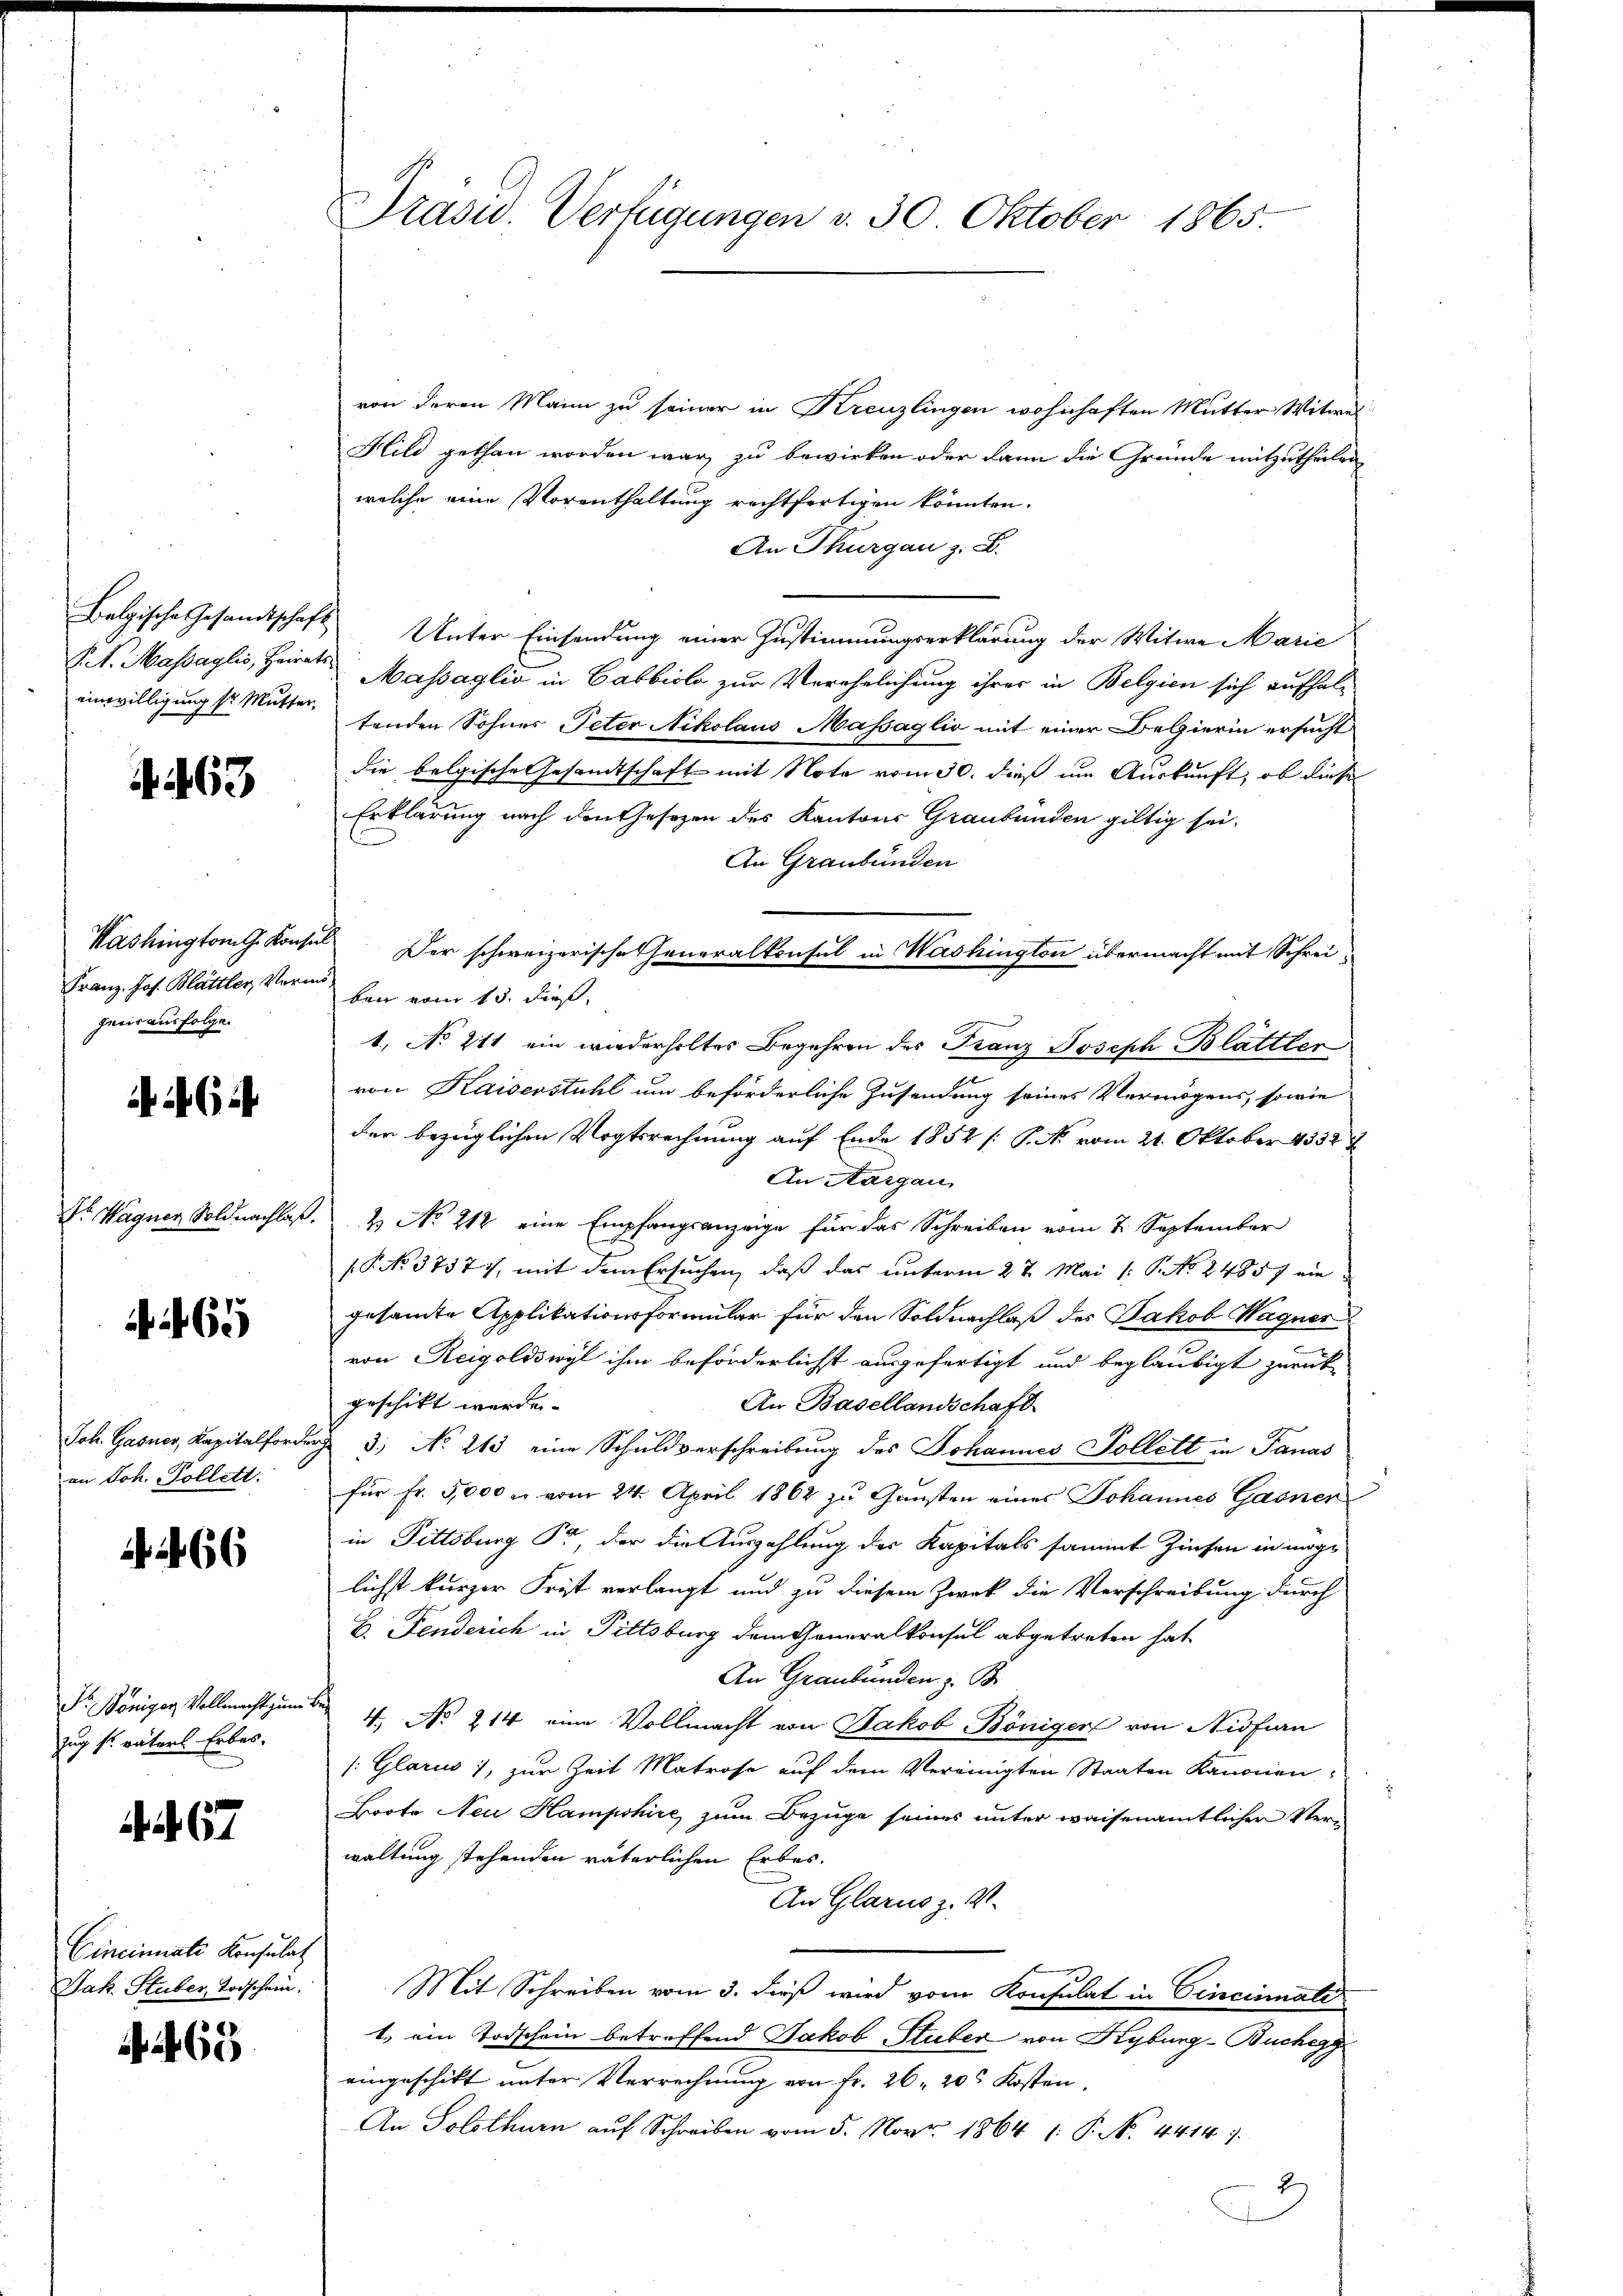
einwilligung sr Mutter,

4463

Franz Jos. Blättler, Vorm. Herr vom 15. dieß,
geur ausfolge

6

Dr. Wagner Soldnachlaß
Joh. Gasner, Kapitalforde
an Joh. Pollett.
 266

65

Fr. Königer Vollmacht zum Bei
zug f. vaters Erbes.
Cincinuate Konsulat
Jak. Stuber, Todschein.

67

469

Präsid.. Verfügungen v. 30. Oktober 1865.

von deren Mann zu seiner in Kreuzlingen wohnhaften Mutter Witwel
Hild gethan worden war, zu bewirken oder dann die Gründe mitzutheilen
welche eine Vorenthaltung rechtfertigen könnten.
An Thurgau z. B.
Belgische Gesamtschaft Unter Einsendung einer Zustimmungserklärung der Witwe Marie
P.S. Massaglio, Heirat Massaglio in Cabbiolo zur Verehelichung ihrer in Belgien sich aufhaltenden Sohnes Peter Nikolaus Massaglio mit einer Begierin ersucht
die belgische Gesandtschaft mit Note vom 30. dieß im Auskunft, ob diese
Erklärung nach den Gesezen des Kantons Graubünden giltig sei.
An Graubünden
Washington G. Konsul Der schweizerische Generalkonsul in Washington übermacht mit Schrei¬
1, No 211 ein wiederholter Begehren des Franz Joseph Blättler
von Kaiserstuhl um beförderliche Zusendung seines Vermögens, sowie
der bezüglichen Vogtsrechnung auf Ende 1852 /: P. N. vom 21. Oktober 143327
An Aargau
2 No 212 eine Empfangsanzeige für das Schreiben vom 7. September
(P No 37377, mit dem Ersuchen, daß das unterm 27. Mai /: P. No. 24857 ein
gesammte Applikationsformular für den Soldnachlaß des Jakob Wagner
von Reigoldswyl ihm beförderlichst ausgefertigt und beglaubigt zurück
geschikt werde. |
An Basellandschaft
 3. No 213 eine Schuldverschreibung des Johannes Vollett in Panas
für Fr. 5000 er vom 24. April 1862 zu Gunsten eines Johannes Gasner
in Fittsburg Pr, der die Auszahlung des Kapitals sammt Zinsen in möge
lichst kurzer Frist verlangt und zu diesem Zwek die Verschreibung durch
E. Fenderich in Pittsburg dem Generalkonsul abgetreten hat,
An Graubünden z. B.
4. No. 214 eine Vollmacht von Jakob Böniger von Nidfian
/: Glarus 1, zur Zeit Matrose auf dem Vereinigten Staaten Kanonen
Booto Neu Hampshire zum Bezuge seines unter waisenamtlichen Verwaltung stehenden väterlichen Erbes.
An Glarus z. V.
Mit Schreiben vom 3. dieß wird vom Konsulat in Cincinati
1.) ein Todschein betreffend Jakob Stuber von Kyburg-Buchegg
eingeschikt unter Verrechnung von Fr. 26. 20t Kosten,
An Solothurn auf Schreiben vom 5. Nov. 1864 1: P. N. 4414.
2)